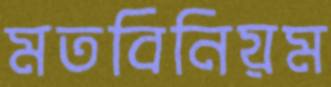
মতবিনিয়ম